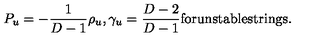
P _ { u } = - { \frac { 1 } { D - 1 } } \rho _ { u } , \gamma _ { u } = { \frac { D - 2 } { D - 1 } } \mathrm { f o r u n s t a b l e s t r i n g s . }